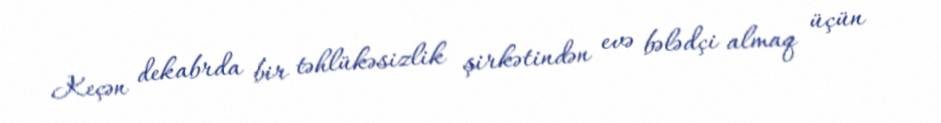
Keçən dekabrda bir təhlükəsizlik şirkətindən evə bələdçi almaq üçün